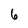
Character: 6